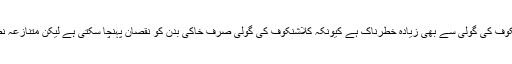
شہید اپنی اکثر تقاریر اور خطبات میں فرمایا کرتے تھے کہ : موجودہ نصاب تعلیم کلاشنکوف کی گولی سے بھی زیادہ خطرناک ہے کیونکہ کلاشنکوف کی گولی صرف خاکی بدن کو نقصان پہنچا سکتی ہے لیکن متنازعہ نصاب تعلیم شیعہ فکر اور عقیدے کو نقصان پہنچاتا ہے جو جان سے بھی زیادہ عزیز ہے ۔